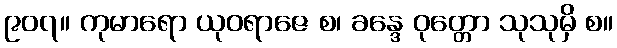
၉၀၇။ ကုမာရော ယုဝရာဇေ စ၊ ခန္ဒေ ဝုတ္တော သုသုမှိ စ။